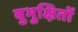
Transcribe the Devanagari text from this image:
बुभुक्षितों